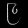
Digit: ၉